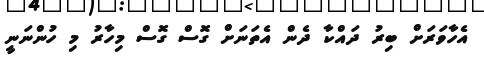
އެހާވަރަށް ބިރު ދައްކާ ދެން އެތަނަށް ގޮސް ގޮސް މިހާރު މި ހުންނަނީ